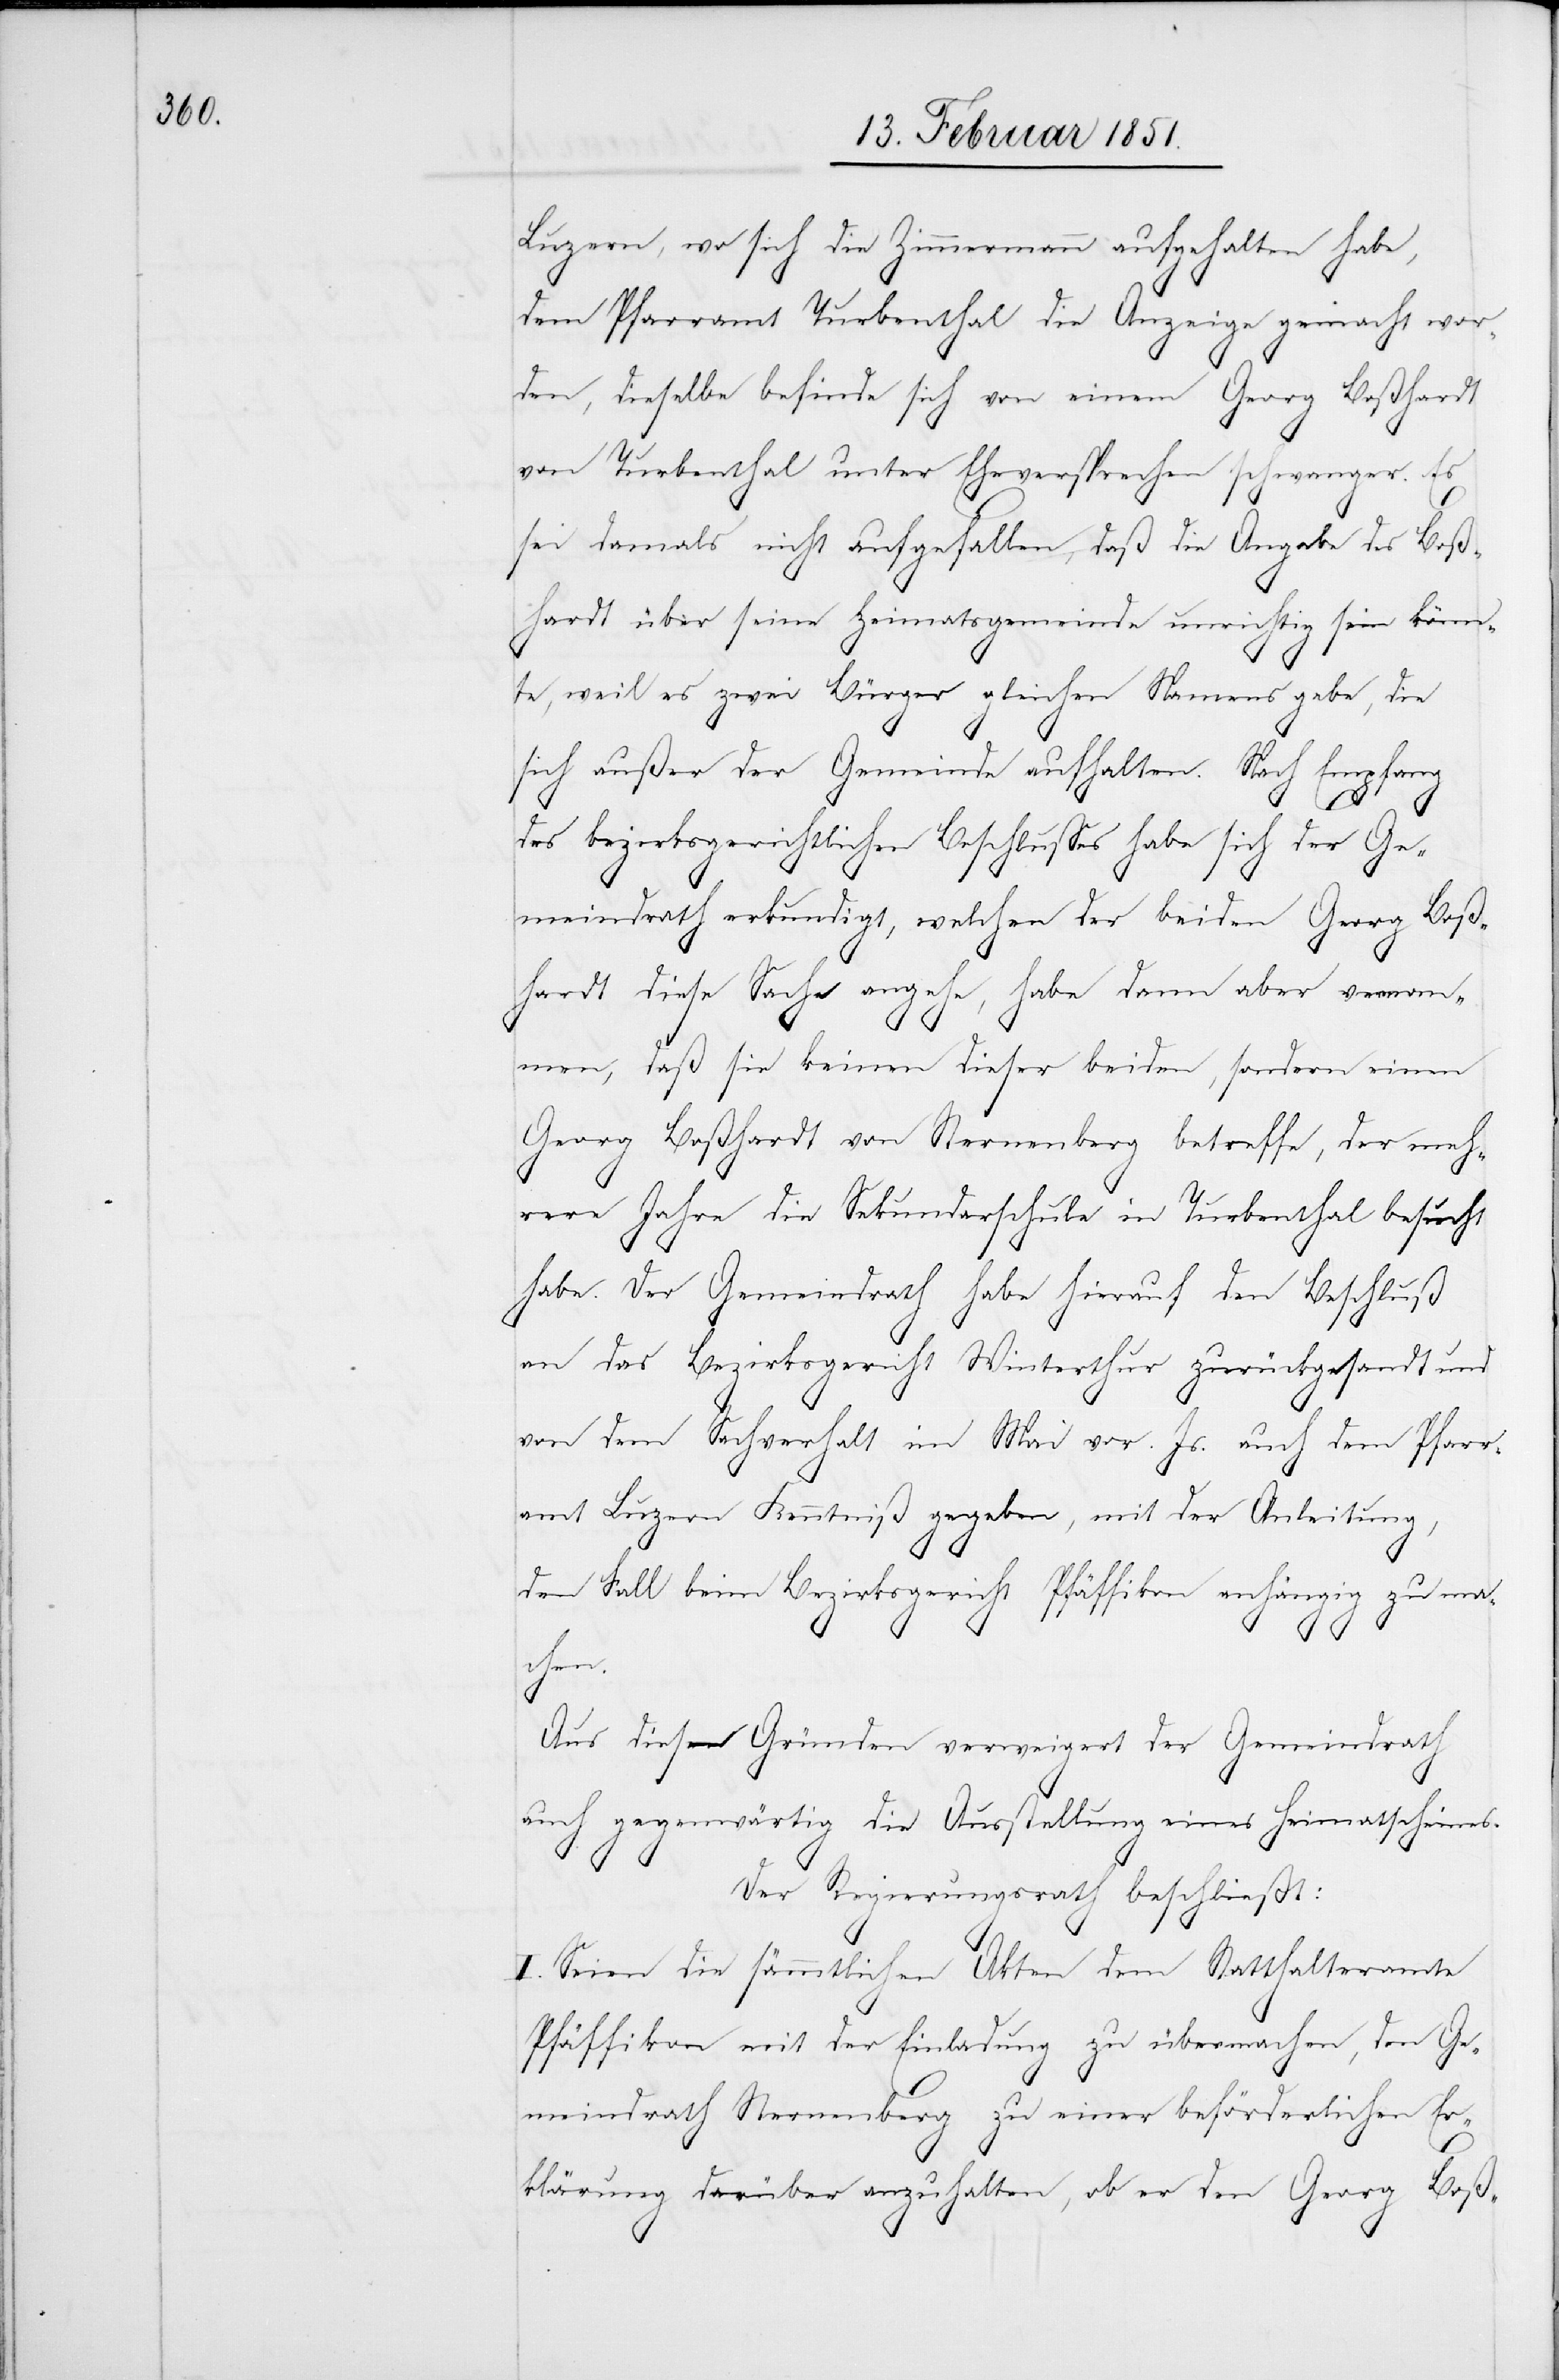
Luzern, wo sich die Zimmermann aufgehalten habe,
dem Pfarramt Turbenthal die Anzeige gemacht wor¬
den, dieselbe befinde sich von einem Georg Boßhardt
von Turbenthal unter Eheversprechen schwanger. Es
sei damals nicht aufgefallen, daß die Angabe des Boß¬
hardt über seine Heimatsgemeinde unrichtig sein könn¬
te, weil es zwei Bürger gleichen Namens gebe, die
sich außer der Gemeinde aufhalten. Nach Empfang
des bezirksgerichtlichen Beschlusses habe sich der Ge¬
meindrath erkundigt, welchen der beiden Georg Boß¬
hardt diese Sache angehe, habe dann aber vernom¬
men, daß sie keinen dieser beiden, sondern einen
Georg Boßhardt von Sternenberg betreffe, der meh¬
rere Jahre die Sekundarschule in Turbenthal besucht
habe. Der Gemeindrath habe hierauf den Beschluß
an das Bezirksgericht Winterthur zurückgesandt und
von dem Sachverhalt im Mai vor. Js. auch dem Pfarr¬
amt Luzern Kenntniß gegeben, mit der Anleitung,
den Fall beim Bezirksgericht Pfäffikon anhängig zu ma¬
chen.
Aus diesen Gründen verweigert der Gemeindrath
auch gegenwärtig die Ausstellung eines Heimatscheines.
Der Regierungsrath beschließt:
I. Seien die sämmtlichen Akten dem Statthalteramte
Pfäffikon mit der Einladung zu übermachen, den Ge¬
meindrath Sternenberg zu einer beförderlichen Er¬
klärung darüber anzuhalten, ob er den Georg Boß-